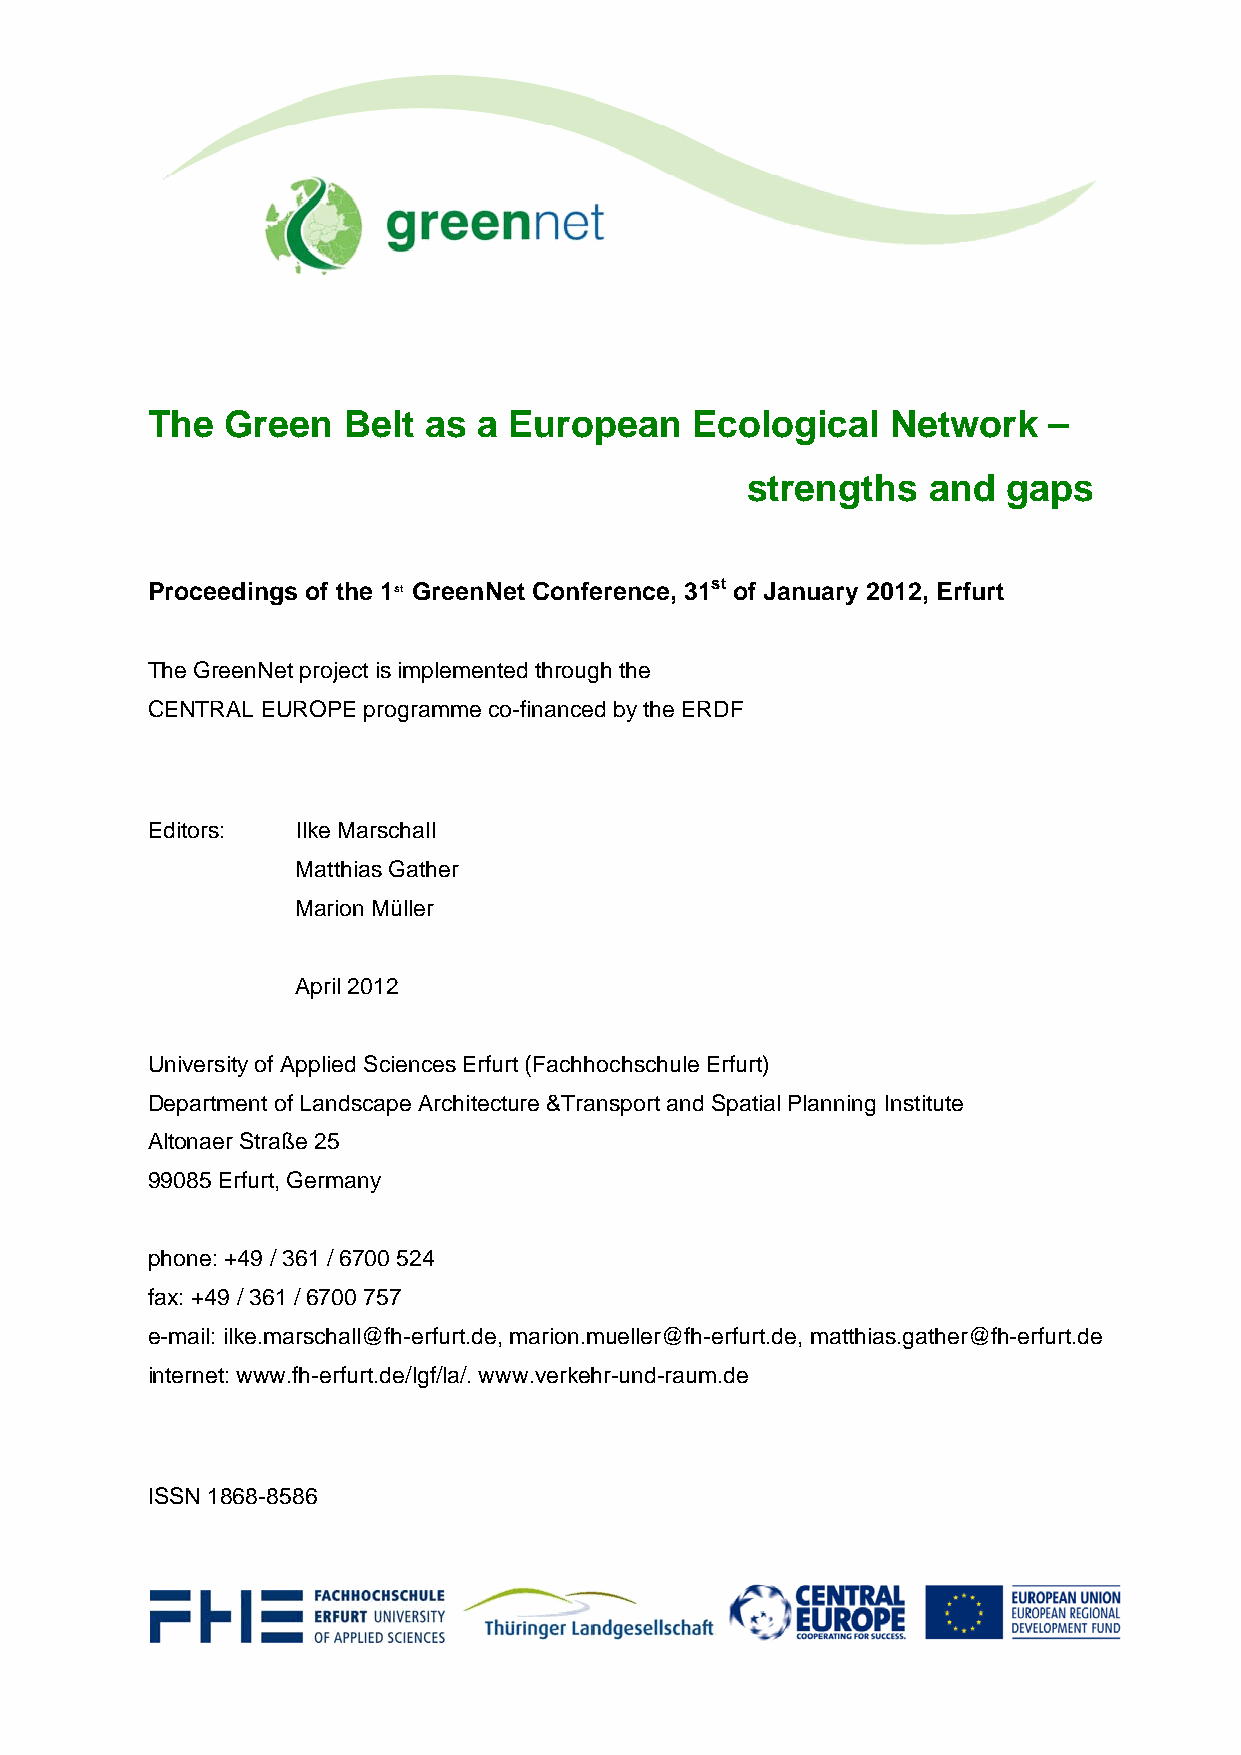
The  Green   Belt as  a European    Ecological   Network   –
 strengths   and   gaps
 Proceedings of the 1st GreenNet Conference, 31st of January 2012, Erfurt
 The GreenNet project is implemented through the
 CENTRAL EUROPE programme co-financed by the ERDF
 Editors:  Ilke Marschall
 Matthias Gather
 Marion Müller
 April 2012
 University of Applied Sciences Erfurt (Fachhochschule Erfurt)
 Department of Landscape Architecture &Transport and Spatial Planning Institute
 Altonaer Straße 25
 99085 Erfurt, Germany
 phone: +49 / 361 / 6700 524
 fax: +49 / 361 / 6700 757
 e-mail: ilke.marschall@fh-erfurt.de, marion.mueller@fh-erfurt.de, matthias.gather@fh-erfurt.de
 internet: www.fh-erfurt.de/lgf/la/. www.verkehr-und-raum.de
 ISSN 1868-8586